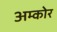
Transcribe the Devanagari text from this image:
अम्कोर